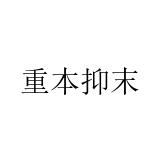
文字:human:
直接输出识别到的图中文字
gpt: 重本抑末